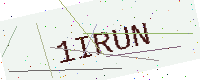
Text: 1IRUN